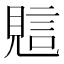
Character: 𧠻